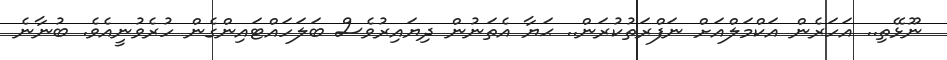
ނޫޅޭތި.. އަހަރެން އަކްމަލްއަށް ނަފްރަތުކުރަން.. ޙަޔާ އެތަނުން ދިޔައިރުވެސް ބަލަހައްޓައިންގެން ހުރެވުނީއެވެ. ބުނާނެ